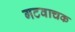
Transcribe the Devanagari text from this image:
गटवाचक